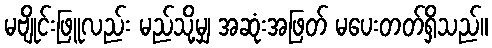
မဗျိုင်းဖြူလည်း မည်သို့မျှ အဆုံးအဖြတ် မပေးတတ်ရှိသည်။